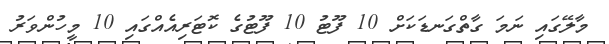
މާލޭގައި ނަމަ ގާތްގަނޑަކަށް 10 ފޫޓު 10 ފޫޓުގެ ކޮޓަރިއެއްގައި 10 މީހުންވަރު